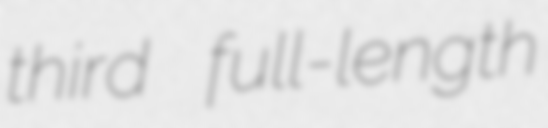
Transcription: third full-length